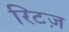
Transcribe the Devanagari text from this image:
रिटज़